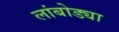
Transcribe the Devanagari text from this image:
लांबोड्या